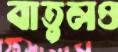
বাতুলও